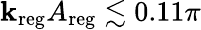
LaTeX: \mathbf{k}_{\mathrm{{reg}}}A_{\mathrm{{reg}}}\lesssim0.11\pi